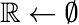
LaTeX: \mathbb{R}\gets\emptyset